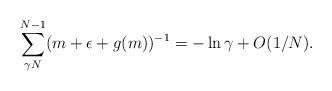
LaTeX: \begin{align*}\sum^{N-1}_{\gamma N} (m + \epsilon + g(m))^{-1} = - \ln \gamma + O(1/N).\end{align*}